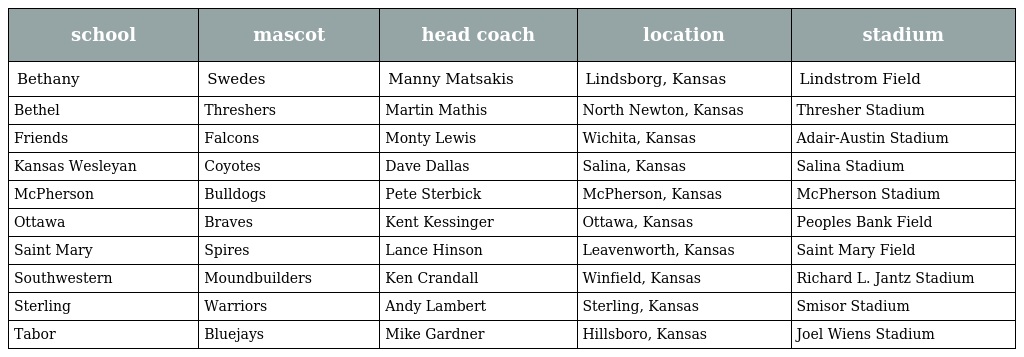
| school | mascot | head coach | location | stadium |
 | --- | --- | --- | --- | --- |
 | Bethany | Swedes | Manny Matsakis | Lindsborg, Kansas | Lindstrom Field |
 | Bethel | Threshers | Martin Mathis | North Newton, Kansas | Thresher Stadium |
 | Friends | Falcons | Monty Lewis | Wichita, Kansas | Adair-Austin Stadium |
 | Kansas Wesleyan | Coyotes | Dave Dallas | Salina, Kansas | Salina Stadium |
 | McPherson | Bulldogs | Pete Sterbick | McPherson, Kansas | McPherson Stadium |
 | Ottawa | Braves | Kent Kessinger | Ottawa, Kansas | Peoples Bank Field |
 | Saint Mary | Spires | Lance Hinson | Leavenworth, Kansas | Saint Mary Field |
 | Southwestern | Moundbuilders | Ken Crandall | Winfield, Kansas | Richard L. Jantz Stadium |
 | Sterling | Warriors | Andy Lambert | Sterling, Kansas | Smisor Stadium |
 | Tabor | Bluejays | Mike Gardner | Hillsboro, Kansas | Joel Wiens Stadium |